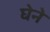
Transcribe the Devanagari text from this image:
घेने